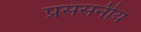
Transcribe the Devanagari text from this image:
प्रसंसनीय